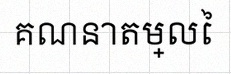
គណនាតម្លៃ